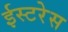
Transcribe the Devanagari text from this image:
ईस्टरेस